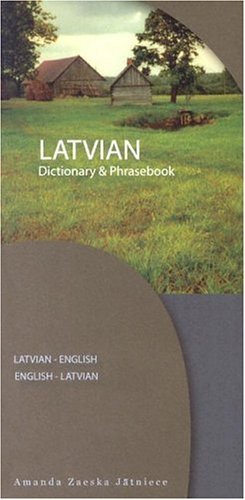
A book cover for Latvian-English/English-Latvian Dictionary & Phrasebook; Amanda Zaeska Jatniece; Reference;